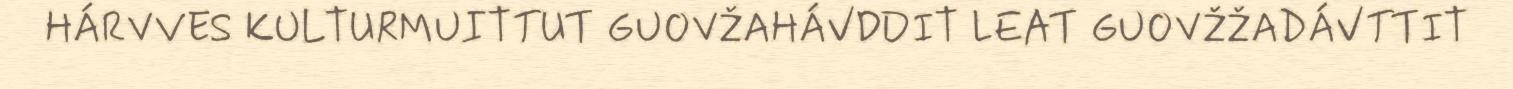
HÁRVVES KULTURMUITTUT GUOVŽAHÁVDDIT LEAT GUOVŽŽADÁVTTIT